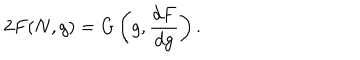
2 F ( N , g ) = G \left( g , \frac { d F } { d g } \right) .